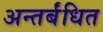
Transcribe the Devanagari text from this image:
अन्तर्बंधित